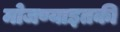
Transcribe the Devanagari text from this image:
मोजण्याइतकी